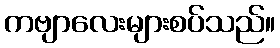
ကဗျာလေးများစပ်သည်။